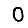
Digit: 0